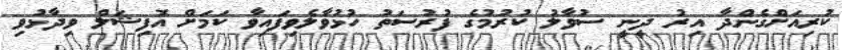
ކުރިއަށްގެންދާ އިރު ދީނީ ސުވާލު ކުރުމުގެ ފުރުސަތު ހުޅުވާލެވިފައިވާ ކަމަށް އޮފިޝަލް ވިދާޅުވި